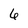
Character: 6